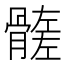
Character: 𩪄